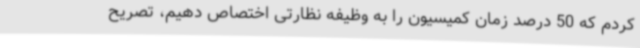
کردم که 50 درصد زمان کمیسیون را به وظیفه نظارتی اختصاص دهیم، تصریح